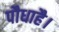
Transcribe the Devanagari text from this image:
पौधाहै।